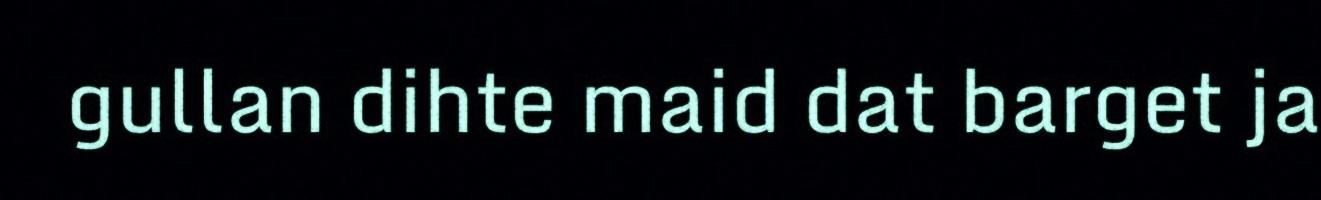
gullan dihte maid dat barget ja